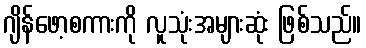
ဂျိန်ဖော့စကားကို လူသုံးအများဆုံး ဖြစ်သည်။